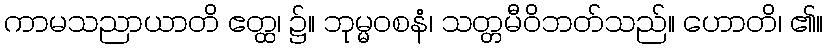
ကာမသညာယာတိ ဧတ္ထ၊ ၌။ ဘုမ္မဝစနံ၊ သတ္တမီဝိဘတ်သည်။ ဟောတိ၊ ၏။